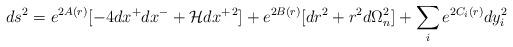
LaTeX: \begin{align*}ds^2=e^{2A(r)}[-4dx^+dx^-+{\cal H}dx^{+\,2}]+e^{2B(r)}[dr^2+r^2d\Omega_n^2]+\sum_i e^{2C_i(r)}dy_i^2\end{align*}